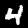
Label: 4